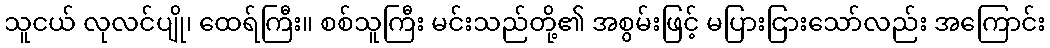
သူငယ် လုလင်ပျို၊ ထေရ်ကြီး။ စစ်သူကြီး မင်းသည်တို့၏ အစွမ်းဖြင့် မပြားငြားသော်လည်း အကြောင်း